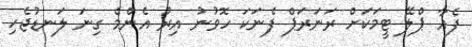
ފެއާ ޕްލޭ ޓީމަކަށް ރަނަރަޕް ފެނަކަ ހޮވުނު އިރު އެންމެ ގިނަ ލަނޑުޖެހި